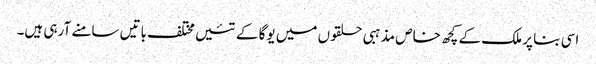
اسی بنا پر ملک کے کچھ خاص مذہبی حلقوں میں یوگا کے تئیں مختلف باتیں سامنے آرہی ہیں۔